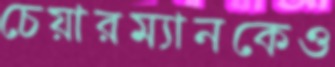
চেয়ারম্যানকেও